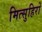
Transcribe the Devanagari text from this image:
मित्सुहिरो